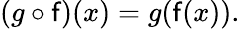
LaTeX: (g\circ\mathsf{f})(x)=g(\mathsf{f}(x)).